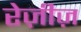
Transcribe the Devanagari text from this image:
रेज़ीज़